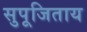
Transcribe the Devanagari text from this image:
सुपूजिताय